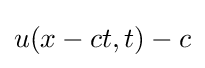
u(x-ct,t)-c